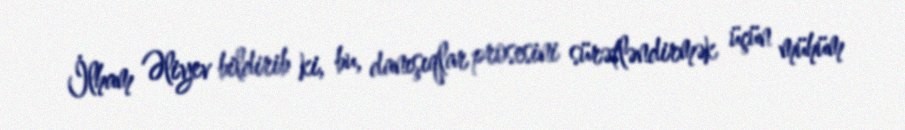
İlham Əliyev bildirib ki, bu, danışıqlar prosesini sürətləndirmək üçün mühüm